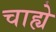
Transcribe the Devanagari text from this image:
चाह्ये